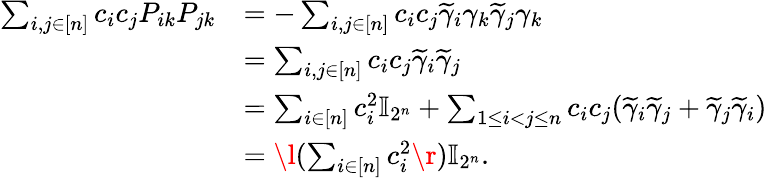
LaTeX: \begin{array}{rl}{\sum_{i,j\in[n]}c_{i}c_{j}P_{ik}P_{jk}}&{=-\sum_{i,j\in[n]}c_{i}c_{j}\widetilde{\gamma}_{i}\gamma_{k}\widetilde{\gamma}_{j}\gamma_{k}}\\ &{=\sum_{i,j\in[n]}c_{i}c_{j}\widetilde{\gamma}_{i}\widetilde{\gamma}_{j}}\\ &{=\sum_{i\in[n]}c_{i}^{2}\mathbb{I}_{2^{n}}+\sum_{1\leq i<j\leq n}c_{i}c_{j}(\widetilde{\gamma}_{i}\widetilde{\gamma}_{j}+\widetilde{\gamma}_{j}\widetilde{\gamma}_{i})}\\ &{=\l(\sum_{i\in[n]}c_{i}^{2}\r)\mathbb{I}_{2^{n}}.}\end{array}